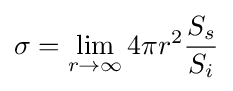
\sigma =\lim _{r\to \infty }4\pi r^{2}{\frac {S_{s}}{S_{i}}}